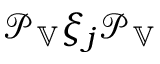
\mathcal { P } _ { \mathbb { V } } \xi _ { j } \mathcal { P } _ { \mathbb { V } }